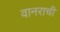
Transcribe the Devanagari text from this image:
वानराची